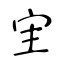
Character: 宔